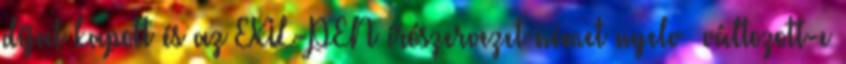
díjat kapott és az EXIL-PEN írószervezet német nyelv� változott-e